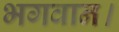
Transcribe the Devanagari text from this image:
भगवान।